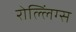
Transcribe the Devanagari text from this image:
रोल्लिंग्स